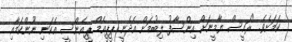
ކަމަށެވެ. "ރައީސް ޔާމީނަށް އިންސާފު ލިބުމަށް އެދެނީ ޕީޕީއެމް ޕީއެންސީ އެކަނި ނޫންކަމާއި